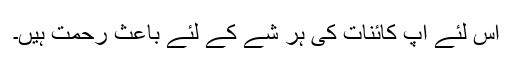
اس لئے آپ کائنات کی ہر شے کے لئے باعث رحمت ہیں۔